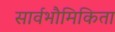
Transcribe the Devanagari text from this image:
सार्वभौमिकिता